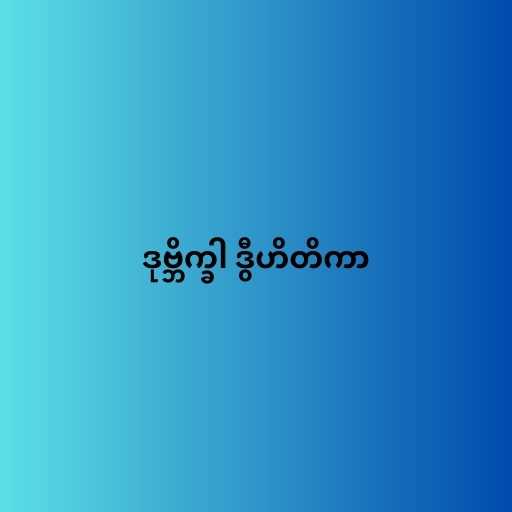
ဒုဗ္ဘိက္ခါ ဒွီဟိတိကာ